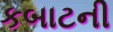
કબાટની